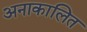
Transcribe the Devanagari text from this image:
अनाकालित